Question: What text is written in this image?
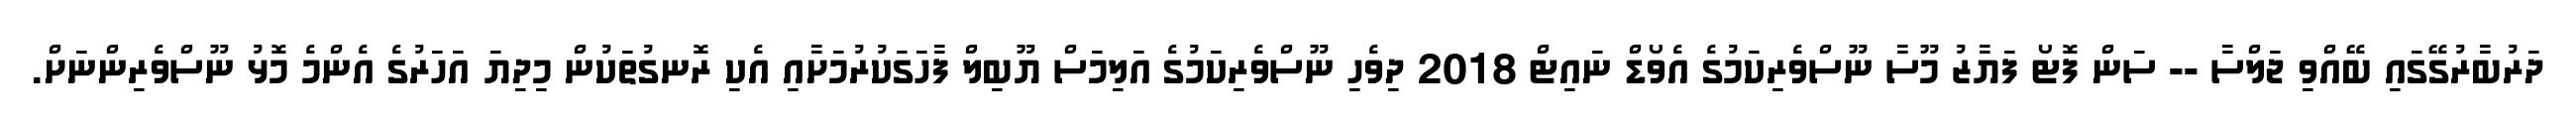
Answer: ދަރުބާރުގޭގައި ބޭއްވި ޖަލްސާ -- ސަން ފޮޓޯ ފަޔާޒު މޫސާ ނޫސްވެރިކަމުގެ އެވޯޑް ނައިޓް 2018 ދިވެހި ނޫސްވެރިކަމުގެ އަލިމަސް ޔޫބިލް ފާހަގަކުރުމަށާއި އެކި ރޮނގުތަކުން މިދިޔަ އަހަރުގެ އެންމެ މޮޅު ނޫސްވެރިންނަށް.